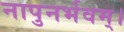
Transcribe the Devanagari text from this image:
नापुनर्भवम्।